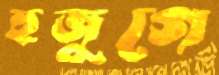
হুজুগে